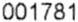
001781